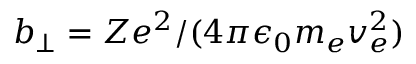
b _ { \perp } = Z e ^ { 2 } / ( 4 \pi \epsilon _ { 0 } m _ { e } v _ { e } ^ { 2 } )